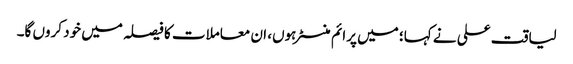
لیاقت علی نے کہا؛ میں پرائم منسٹر ہوں، ان معاملات کا فیصلہ میں خود کروں گا۔